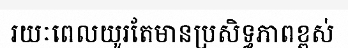
រយៈពេលយូរតែមានប្រសិទ្ធភាពខ្ពស់